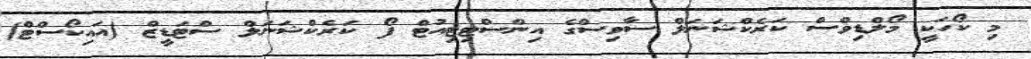
މި ކޯހަކީ މޯލްޑިވްސް ކަރެކްޝަނަލް ސާވިސްގެ އިންސްޓިޓިއުޓް ފޯ ކަރެކްޝަނަލް ސްޓަޑީޒް (އައިކޯސްޓް)